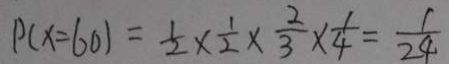
P ( x = 6 0 ) = \frac { 1 } { 2 } \times \frac { 1 } { 2 } \times \frac { 2 } { 3 } \times \frac { 1 } { 4 } = \frac { 1 } { 2 4 }